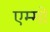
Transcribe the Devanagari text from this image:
एम्मो